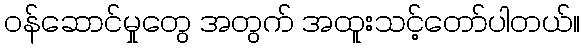
ဝန်ဆောင်မှုတွေ အတွက် အထူးသင့်တော်ပါတယ်။